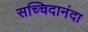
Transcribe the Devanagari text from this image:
सच्चिदानंदा